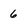
Character: 6